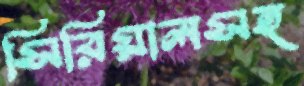
সিরিয়ালসহ